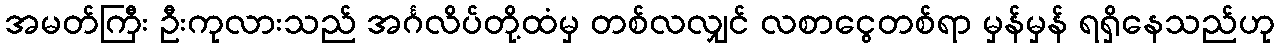
အမတ်ကြီး ဦးကုလားသည် အင်္ဂလိပ်တို့ထံမှ တစ်လလျှင် လစာငွေတစ်ရာ မှန်မှန် ရရှိနေသည်ဟု